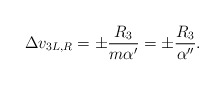
\begin{align*}\Delta v_{3L,R} = \pm \frac{R_3}{m\alpha'} = \pm \frac{R_3}{\alpha''}.\end{align*}